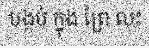
បង្កប់ ក្នុង ព្រៃ លុះ